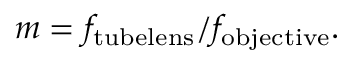
m = f _ { \mathrm { t u b e l e n s } } / f _ { \mathrm { o b j e c t i v e } } .